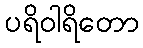
ပရိဝါရိတော